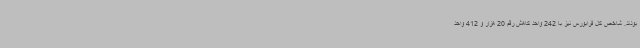
بودند. شاخص کل فرابورس نیز با 242 واحد کاهش رقم 20 هزار و 412 واحد